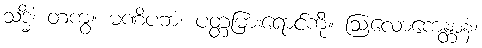
သဒ္ဓိံ၊ တကွ။ မဏိပဘံ၊ ပတ္တမြားရောင်ကို။ ဩလောကေန္တာနံ၊